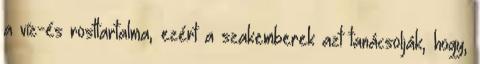
a víz-és rosttartalma, ezért a szakemberek azt tanácsolják, hogy,